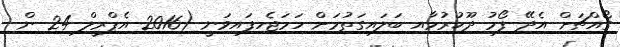
ގޯއްޗަށް އެދޭ ފޯމު ދޫކުރުމާއި ބަލައިގަތުމަށް ހަމަޖެހިފައިވަނީ (2016 އެޕްރީލް 24 ން